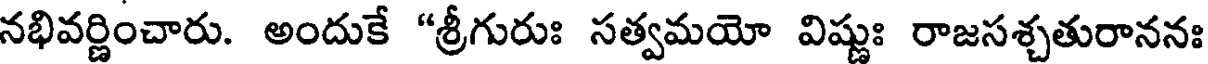
నభివర్ణించారు. అందుకే "శ్రీగురుః సత్వమయో విష్ణుః రాజసశ్చతురాననః